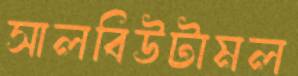
সালবিউটামল